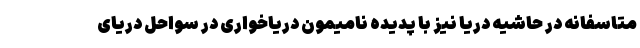
متاسفانه در حاشیه دریا نیز با پدیده نامیمون دریاخواری در سواحل دریای